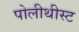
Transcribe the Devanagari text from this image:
पोलीथीस्ट